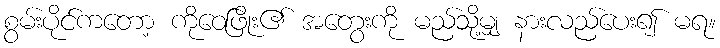
စွမ်းပိုင်ကတော့ ကိုဝေဖြိုး၏ အတွေးကို မည်သို့မျှ နားလည်ပေး၍ မရ။